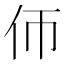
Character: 𠇆